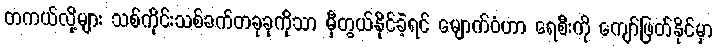
တကယ်လို့များ သစ်ကိုင်းသစ်ခက်တခုခုကိုသာ မှီတွယ်နိုင်ခဲ့ရင် မျောက်ဝံဟာ ရေစီးကို ကျော်ဖြတ်နိုင်မှာ